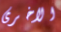
الاخرى